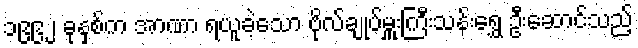
၁၉၉၂ ခုနှစ်က အာဏာ ရယူခဲ့သော ဗိုလ်ချုပ်မှူးကြီးသန်းရွှေ ဦးဆောင်သည့်